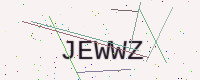
Text: JEWWZ